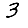
Digit: 3